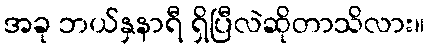
အခု ဘယ်နှနာရီ ရှိပြီလဲဆိုတာသိလား။